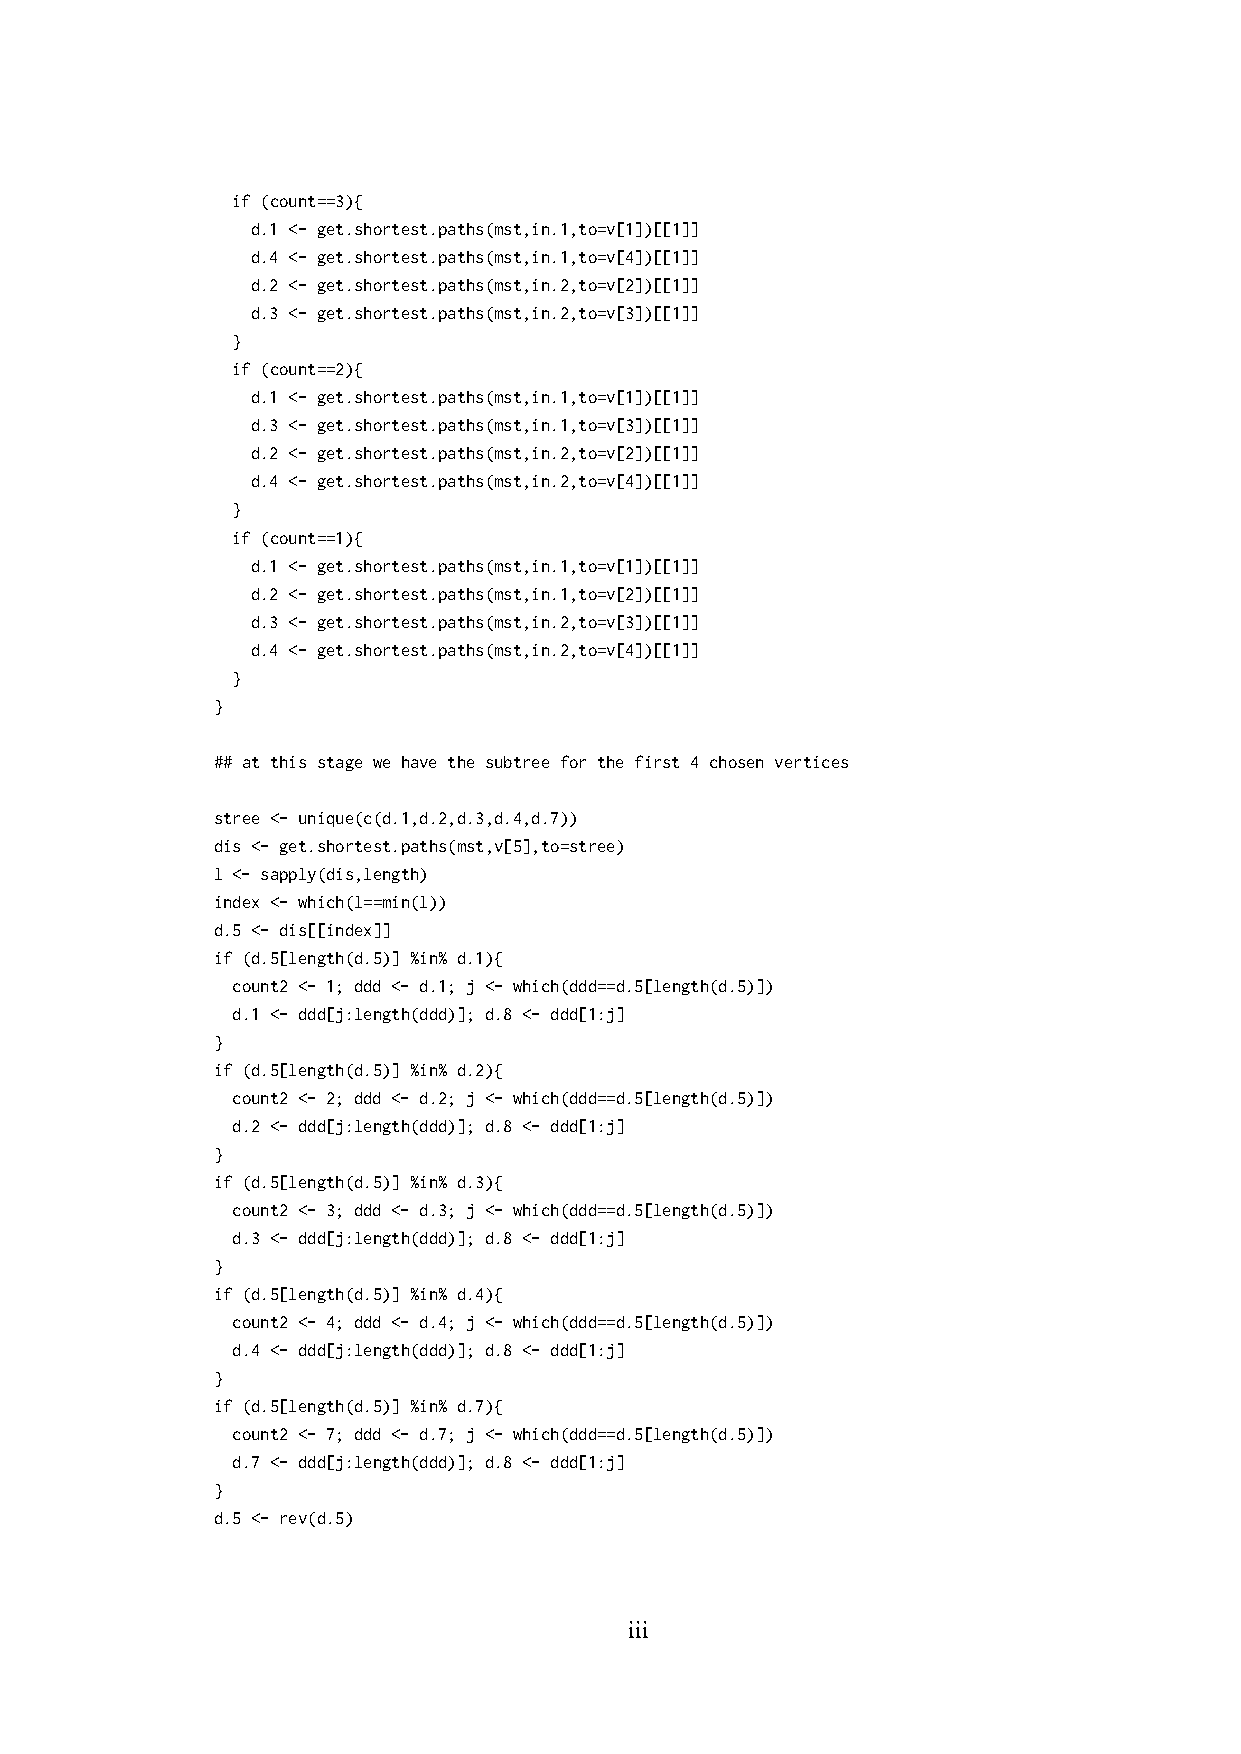
if (count==3){
 d.1 <- get.shortest.paths(mst,in.1,to=v[1])[[1]]
 d.4 <- get.shortest.paths(mst,in.1,to=v[4])[[1]]
 d.2 <- get.shortest.paths(mst,in.2,to=v[2])[[1]]
 d.3 <- get.shortest.paths(mst,in.2,to=v[3])[[1]]
 }
 if (count==2){
 d.1 <- get.shortest.paths(mst,in.1,to=v[1])[[1]]
 d.3 <- get.shortest.paths(mst,in.1,to=v[3])[[1]]
 d.2 <- get.shortest.paths(mst,in.2,to=v[2])[[1]]
 d.4 <- get.shortest.paths(mst,in.2,to=v[4])[[1]]
 }
 if (count==1){
 d.1 <- get.shortest.paths(mst,in.1,to=v[1])[[1]]
 d.2 <- get.shortest.paths(mst,in.1,to=v[2])[[1]]
 d.3 <- get.shortest.paths(mst,in.2,to=v[3])[[1]]
 d.4 <- get.shortest.paths(mst,in.2,to=v[4])[[1]]
 }
 }
 ## at this stage we have the subtree for the first 4 chosen vertices
 stree <- unique(c(d.1,d.2,d.3,d.4,d.7))
 dis <- get.shortest.paths(mst,v[5],to=stree)
 l <- sapply(dis,length)
 index <- which(l==min(l))
 d.5 <- dis[[index]]
 if (d.5[length(d.5)] %in% d.1){
 count2 <- 1; ddd <- d.1; j <- which(ddd==d.5[length(d.5)])
 d.1 <- ddd[j:length(ddd)]; d.8 <- ddd[1:j]
 }
 if (d.5[length(d.5)] %in% d.2){
 count2 <- 2; ddd <- d.2; j <- which(ddd==d.5[length(d.5)])
 d.2 <- ddd[j:length(ddd)]; d.8 <- ddd[1:j]
 }
 if (d.5[length(d.5)] %in% d.3){
 count2 <- 3; ddd <- d.3; j <- which(ddd==d.5[length(d.5)])
 d.3 <- ddd[j:length(ddd)]; d.8 <- ddd[1:j]
 }
 if (d.5[length(d.5)] %in% d.4){
 count2 <- 4; ddd <- d.4; j <- which(ddd==d.5[length(d.5)])
 d.4 <- ddd[j:length(ddd)]; d.8 <- ddd[1:j]
 }
 if (d.5[length(d.5)] %in% d.7){
 count2 <- 7; ddd <- d.7; j <- which(ddd==d.5[length(d.5)])
 d.7 <- ddd[j:length(ddd)]; d.8 <- ddd[1:j]
 }
 d.5 <- rev(d.5)
 iii